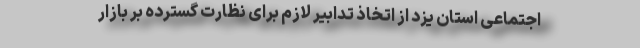
اجتماعی استان یزد از اتخاذ تدابیر لازم برای نظارت گسترده بر بازار